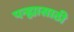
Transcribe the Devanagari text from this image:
पन्ह्यासाठी